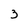
Character: 3